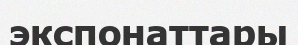
экспонаттары